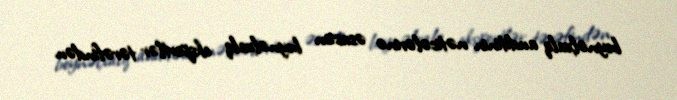
beynəlxalq auditinin nəticələrinə əsasən beynəlxalq ekspertlər tərəfindən